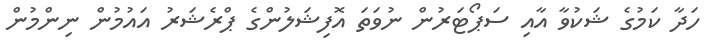
ހަދާ ކަމުގެ ޝަކުވާ އާއި ސަޕޯޓަރުން ނުވަތަ އޮފިޝަލުންގެ ޕްރެޝަރު އައުމުން ނިންމުން